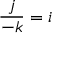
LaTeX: { \frac { j } { - k } } = i